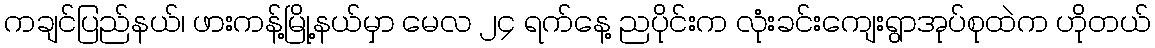
ကချင်ပြည်နယ်၊ ဖားကန့်မြို့နယ်မှာ မေလ ၂၄ ရက်နေ့ ညပိုင်းက လုံးခင်းကျေးရွာအုပ်စုထဲက ဟိုတယ်